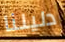
دليلنا